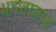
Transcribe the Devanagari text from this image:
भारतालाच